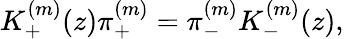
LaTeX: K_{+}^{(m)}(z)\pi_{+}^{(m)}=\pi_{-}^{(m)}K_{-}^{(m)}(z),